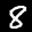
Label: 8